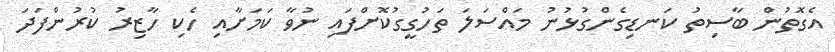
އެގޮތުން ބާސިތު ކަނޑިގެންގުޅުނު މައްސަލަ ތަހުގީގުކޮށްފައި ނުވާ ކަމަށާއި ހެކި ހާޒިރު ކުރުންފަދަ